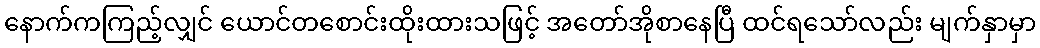
နောက်ကကြည့်လျှင် ယောင်တစောင်းထိုးထားသဖြင့် အတော်အိုစာနေပြီ ထင်ရသော်လည်း မျက်နှာမှာ